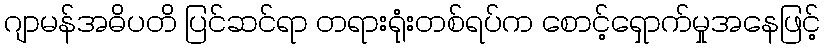
ဂျာမန်အဓိပတိ ပြင်ဆင်ရာ တရားရုံးတစ်ရပ်က စောင့်ရှောက်မှုအနေဖြင့်